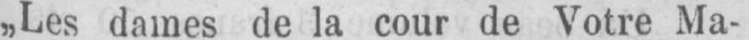
„Les dames de la cour de Votre Ma-